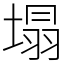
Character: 塌